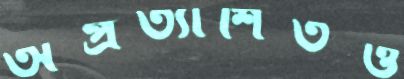
অপ্রত্যাশিতও